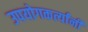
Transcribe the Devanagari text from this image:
उपयोगकर्त्यांनी